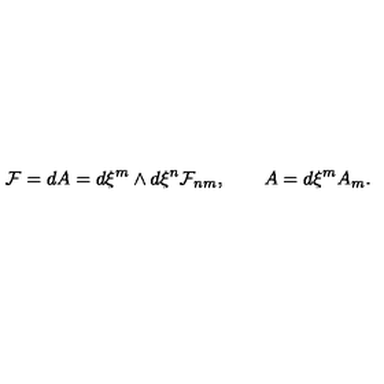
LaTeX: { \cal F } = d A = d \xi ^ { m } \wedge d \xi ^ { n } { \cal F } _ { n m } , \qquad A = d \xi ^ { m } A _ { m } .